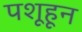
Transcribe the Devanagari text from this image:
पशूहून